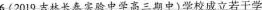
6.(2019吉林长春实验中学高三期中)学校成立若干学